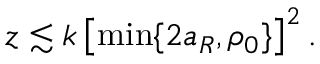
z \lesssim k \left[ \operatorname* { m i n } \{ 2 a _ { R } , \rho _ { 0 } \} \right] ^ { 2 } .